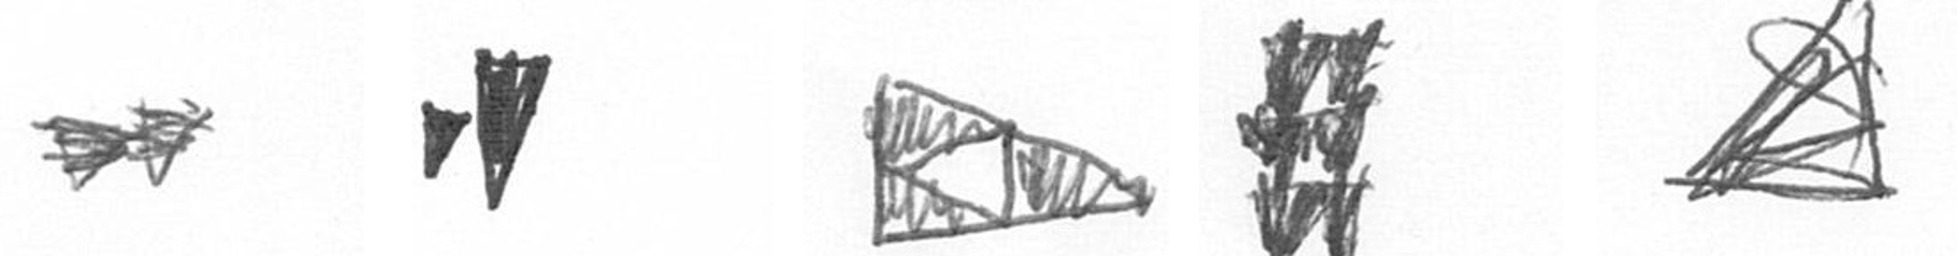
A M K Y O